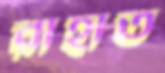
রাহাত